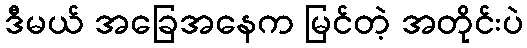
ဒီမယ် အခြေအနေက မြင်တဲ့ အတိုင်းပဲ